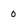
Character: 0